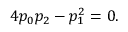
4 p _ { 0 } p _ { 2 } - p _ { 1 } ^ { 2 } = 0 .